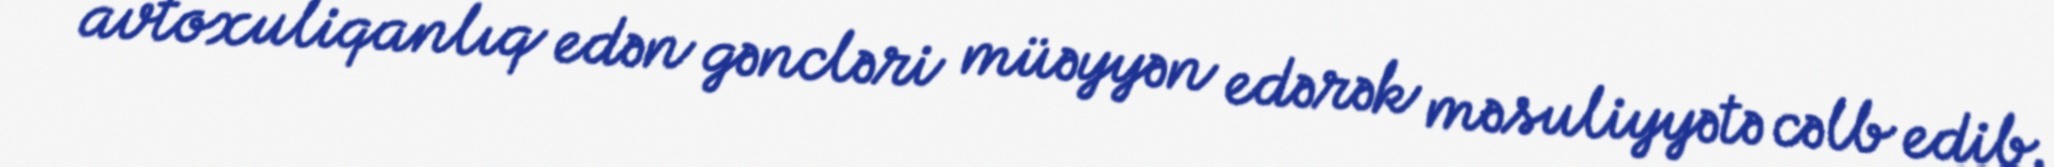
avtoxuliqanlıq edən gəncləri müəyyən edərək məsuliyyətə cəlb edib.